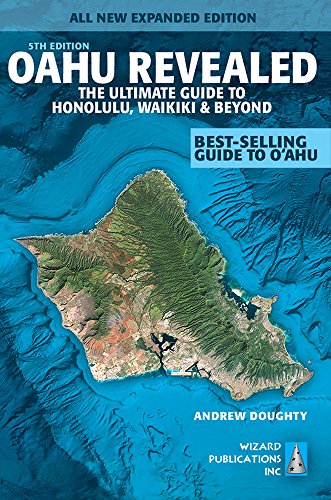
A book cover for Oahu Revealed: The Ultimate Guide to Honolulu, Waikiki & Beyond (Oahu Revisited); Andrew Doughty; Travel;